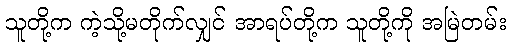
သူတို့က ကဲ့သို့မတိုက်လျှင် အာရပ်တို့က သူတို့ကို အမြဲတမ်း